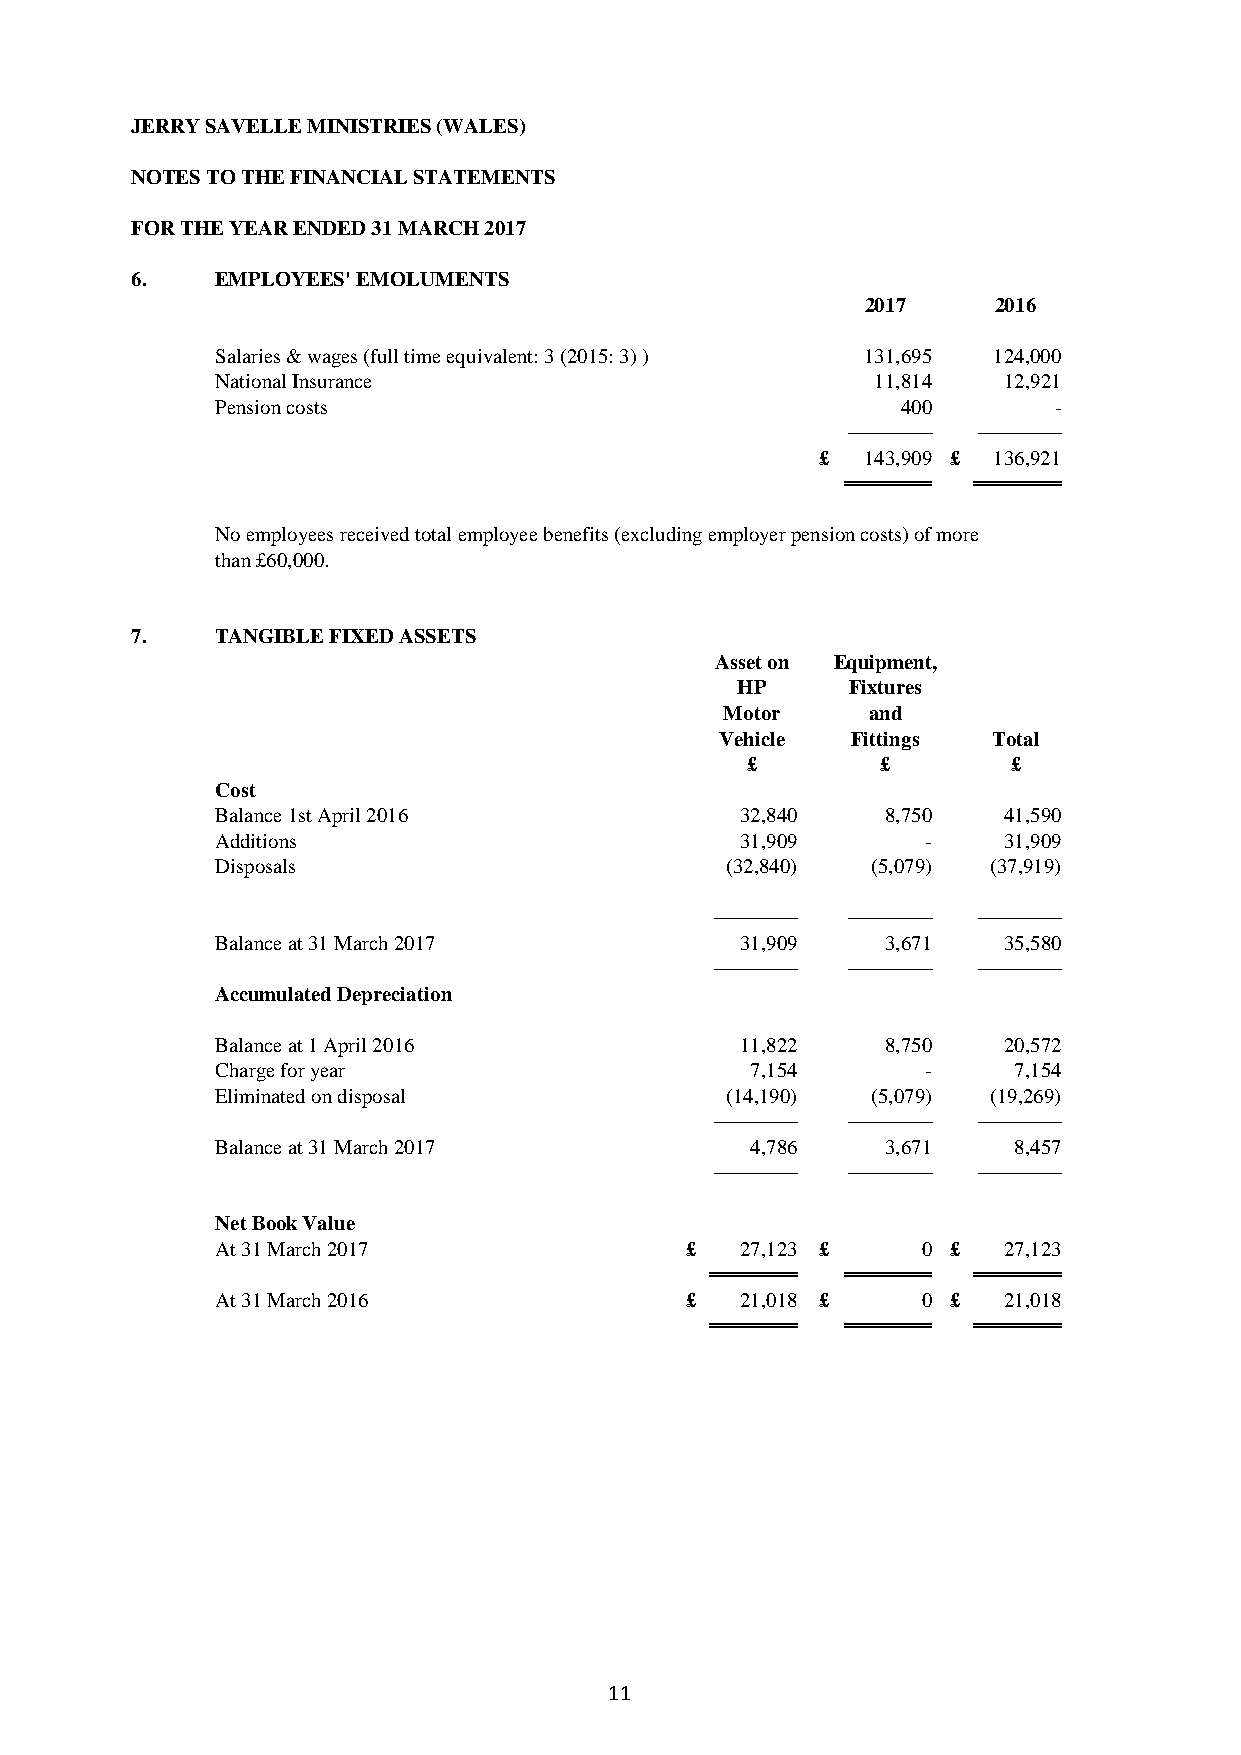
JERRY SAVELLE MINISTRIES (WALES)
 NOTES TO THE FINANCIAL STATEMENTS
 FOR THE YEAR ENDED 31 MARCH 2017
 6.   EMPLOYEES' EMOLUMENTS
 2017     2016
 Salaries & wages (full time equivalent: 3 (2015: 3) ) 131,695 124,000
 National Insurance                          11,814  12,921
 Pension costs                                 400       -
 –––––––– ––––––––
 £  143,909 £ 136,921
 ══════  ══════
 No employees received total employee benefits (excluding employer pension costs) of more
 than £60,000.
 7.   TANGIBLE FIXED ASSETS
 Asset on Equipment,
 HP     Fixtures
 Motor    and
 Vehicle Fittings  Total
 £        £        £
 Cost
 Balance 1st April 2016             32,840    8,750  41,590
 Additions                          31,909      -    31,909
 Disposals                         (32,840)  (5,079) (37,919)
 –––––––– –––––––– ––––––––
 Balance at 31 March 2017           31,909    3,671  35,580
 –––––––– –––––––– ––––––––
 Accumulated Depreciation
 Balance at 1 April 2016            11,822    8,750  20,572
 Charge for year                     7,154      -     7,154
 Eliminated on disposal            (14,190)  (5,079) (19,269)
 –––––––– –––––––– ––––––––
 Balance at 31 March 2017            4,786    3,671   8,457
 –––––––– –––––––– ––––––––
 Net Book Value
 At 31 March 2017               £   27,123 £    0 £  27,123
 ══════   ══════  ══════
 At 31 March 2016               £   21,018 £    0 £  21,018
 ══════   ══════  ══════
 11